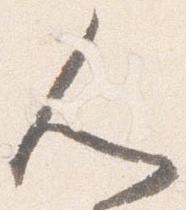
人